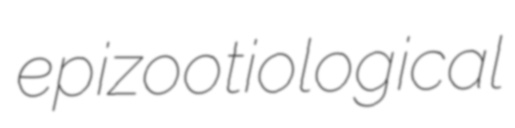
epizootiological